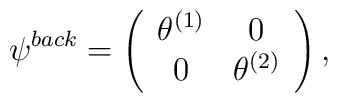
\psi ^{back}= \left( \begin{array}{c c}  \theta^{(1)} & 0 \\ 0  &  \theta^{(2)} \\ \end{array} \right)  ,